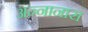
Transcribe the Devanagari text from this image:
अन्नानास